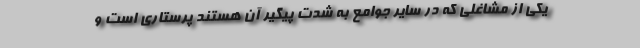
یکی از مشاغلی که در سایر جوامع به شدت پیگیر آن هستند پرستاری است و